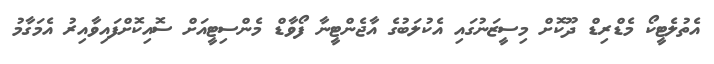
އެތުލެޓީކޯ މެޑްރިޑް ދޫކޮށް މިސީޒަނުގައި އެކުލަބުގެ އާޖެންޓީނާ ފޯވާޑް މެންސިޓީއަށް ސޮއިކޮށްފައިވާއިރު އެމަގާމު